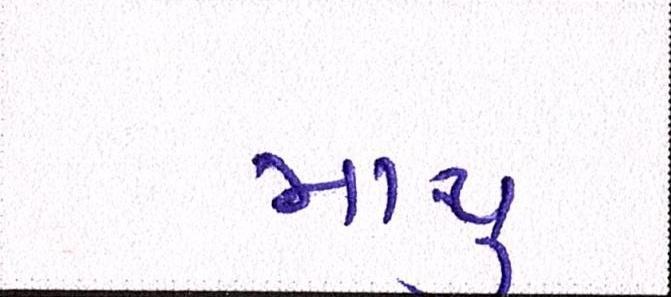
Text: માથું